system: You are a helpful assistant.
user:
Analyze the provided spectrum to determine if it is a **"Cataclysmic Variables (CV)"**.

- **Key Indicators for CV (Check for either state):**
    - **State 1: Quiescent / Low-State (Emission-Dominated)**
        - **(Primary):** Strong and *very broad* Hydrogen Balmer emission lines (e.g., $H\alpha$ at 6563 Å, $H\beta$ at 4861 Å). The 'broadness' (high velocity dispersion, often FWHM > 1000 km/s) is the key diagnostic, indicating a high-velocity accretion disk.
        - **(Secondary):** Broad neutral Helium (He I) emission lines (e.g., 5876 Å, 6678 Å).
        - **(Key Confirmation):** Presence of high-excitation *ionized* Helium (He II) emission at 4686 Å. This is a strong indicator of accretion onto a white dwarf.
        - **(Line Profile):** Emission lines may exhibit a 'double-peaked' profile, which is a classic signature of a rotating accretion disk viewed at high inclination.

    - **State 2: Outburst / High-State (Absorption-Dominated)**
        - **(Primary):** Spectrum is dominated by a bright, blue continuum (looks like a hot star).
        - **(Secondary):** The emission lines from State 1 are weak, absent, or 'filled in', and are replaced by broad, shallow *absorption* lines (primarily Balmer and He I).
        - **(Morphology):** The overall spectrum mimics a hot B/A-type star. The crucial difference is that the absorption lines are significantly broader, shallower, and more 'washed-out' (or 'smeared') than the sharp lines of a normal stellar photosphere, due to high rotational speeds and pressure broadening in the disk.

Think first, call **spectral_visualization_tool** if needed to examine features in detail, then provide your final answer. Your response must adhere to the following strict rules:
1.  **Overall Structure:** Your response must follow the format `<think>...</think> <tool_call>...</tool_call> (if a tool is used) <answer>...</answer>`.
2.  **Tool Usage Constraint:** You may only make **one** tool call per turn.
3.  **Final Answer Format:** In the `<answer>` tag, your conclusion must be inside a `\boxed{}` command (e.g., `\boxed{YES}`), followed by your justification.

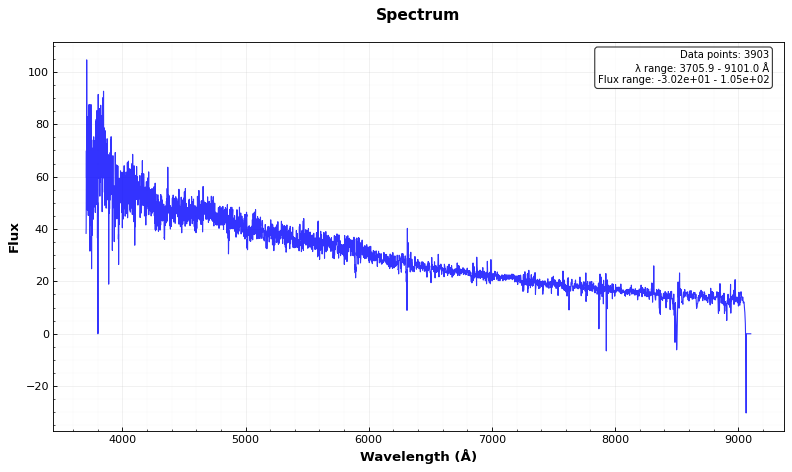
Answer: NO